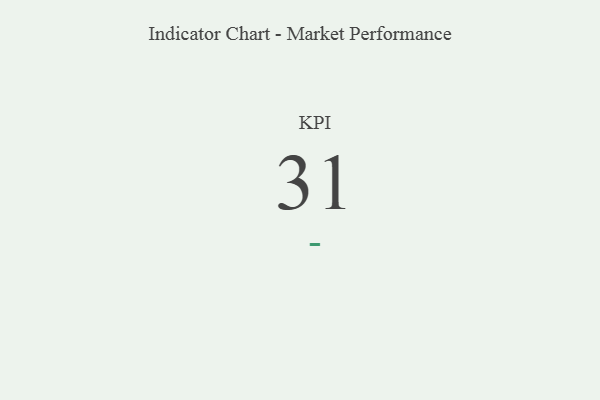
{"axis": {"x": "KPI", "y": "Value"}, "legend": [""], "data": [{"x": "KPI", "y": 31, "type": ""}]}